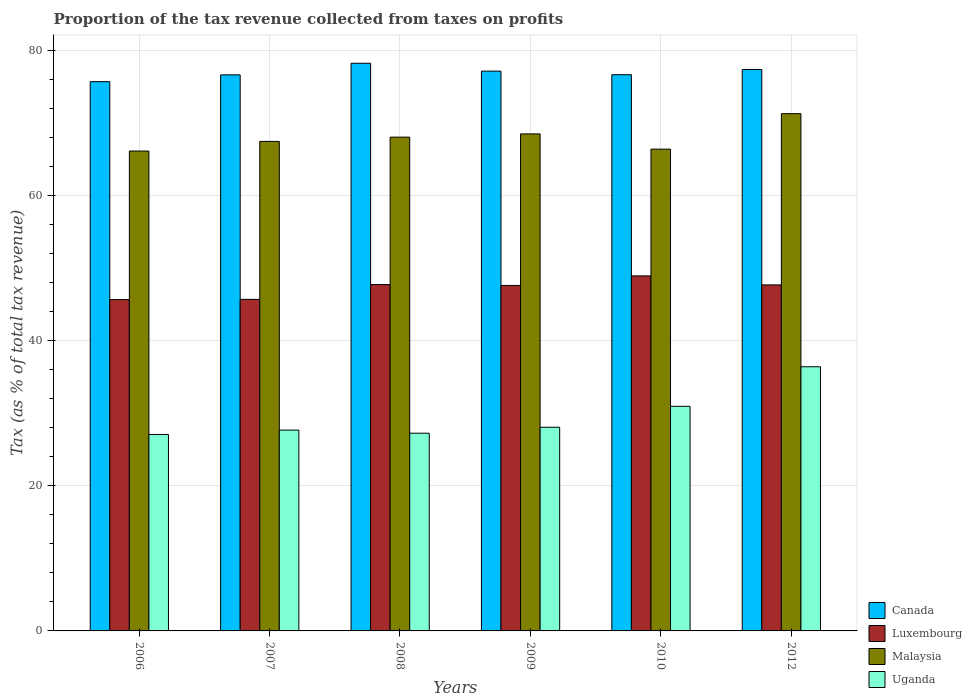
| Years | Canada | Luxembourg | Malaysia | Uganda |
 | --- | --- | --- | --- | --- |
 | 2006 | 75.8 | 45.7 | 66.2 | 27.1 |
 | 2007 | 76.7 | 45.7 | 67.5 | 27.7 |
 | 2008 | 78.3 | 47.8 | 68.1 | 27.3 |
 | 2009 | 77.2 | 47.7 | 68.6 | 28.1 |
 | 2010 | 76.7 | 49 | 66.5 | 31 |
 | 2012 | 77.4 | 47.7 | 71.4 | 36.4 |